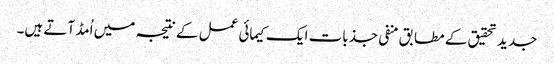
جدید تحقیق کے مطابق منفی جذبات ایک کیمائی عمل کے نتیجہ میں اُمڈ آتے ہیں۔